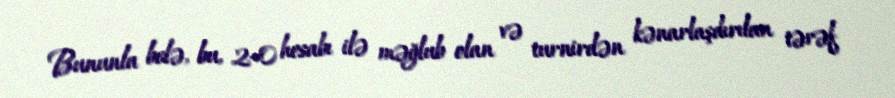
Bununla belə, bu, 2–0 hesabı ilə məğlub olan və turnirdən kənarlaşdırılan tərəf